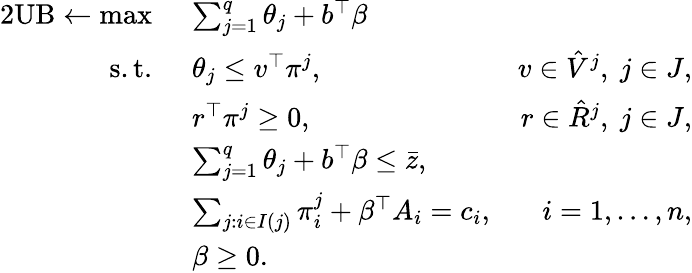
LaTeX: \begin{array}{rlr}{{2}\mathrm{UB}\gets\operatorname*{max}\ }&{\sum_{j=1}^{q}\theta_{j}+b^{\top}\beta}\\ {\mathrm{s.t.~}}&{\theta_{j}\leq v^{\top}\pi^{j},}&{v\in\hat{V}^{j},~j\in J,}\\ &{r^{\top}\pi^{j}\geq 0,}&{r\in\hat{R}^{j},~j\in J,}\\ &{\sum_{j=1}^{q}\theta_{j}+b^{\top}\beta\leq\bar{z},}\\ &{\sum_{j:i\in I(j)}\pi_{i}^{j}+\beta^{\top}A_{i}=c_{i},}&{i=1,\ldots,n,}\\ &{\beta\geq 0.}\end{array}